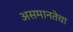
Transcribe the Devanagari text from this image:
असमानतेचा